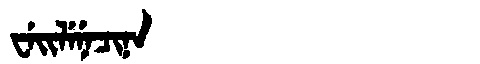
Manchu: ᠸᡝᡳᠯᡝᠨᡝᠴᡳᠨᠠ
Romanization: WEILENECINA